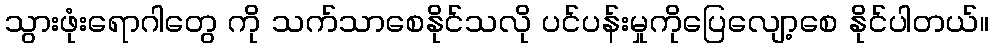
သွားဖုံးရောဂါတွေ ကို သက်သာစေနိုင်သလို ပင်ပန်းမှုကိုပြေလျော့စေ နိုင်ပါတယ်။